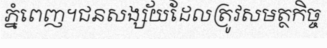
ភ្នំពេញ។ជនសង្ស័យដែលត្រូវសមត្ថកិច្ច